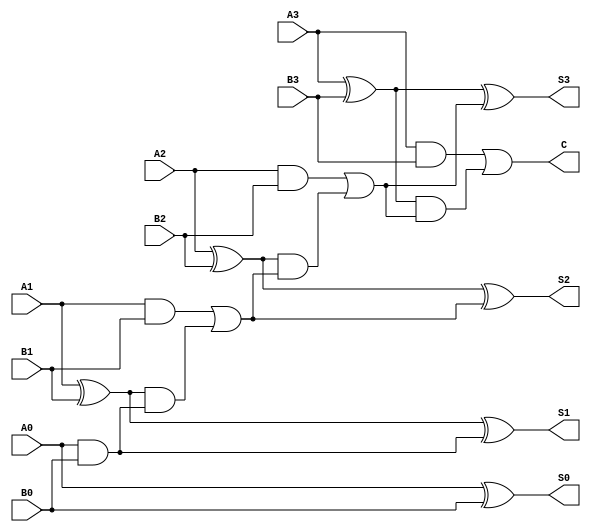
`timescale 1ns / 1ps
//////////////////////////////////////////////////////////////////////////////////
// Company: 
// Engineer: 
// 
// Design Name: 
// Module Name: ripple_add
// Project Name: 
// Target Devices: 
// Tool Versions: 
// Description: 
// 
// Dependencies: 
// 
// Revision:
// Revision 0.01 - File Created
// Additional Comments:
// 
//////////////////////////////////////////////////////////////////////////////////
`timescale 1ns / 1ps
//////////////////////////////////////////////////////////////////////////////////
// Company: 
// Engineer: 
// 
// Design Name: 
// Module Name: parallel_add
// Project Name: 
// Target Devices: 
// Tool Versions: 
// Description: 
// 
// Dependencies: 



module ripple_add(A0,A1,A2,A3,B0,B1,B2,B3,S0,S1,S2,S3,C);

    input A0,A1,A2,A3,B0,B1,B2,B3;
    output S0,S1,S2,S3,C;
    wire [3:0] cout;
    assign S0=A0^B0;
    assign cout[0] = A0&B0;
    assign S1=A1^B1^cout[0];
    assign cout[1] = A1&B1 | (A1^B1)&cout[0] ;
    assign S2=A2^B2^cout[1];
    assign cout[2] = A2&B2 | (A2^B2)&cout[1];
    assign S3=A3^B3^cout[2];
    assign C = A3&B3 | (A3^B3)&cout[2];
  
endmodule